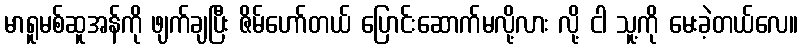
မာရူမစ်ဆူအန်ကို ဖျက်ချပြီး ဇိမ်ဟော်တယ် ပြောင်းဆောက်မလို့လား လို့ ငါ သူ့ကို မေးခဲ့တယ်လေ။